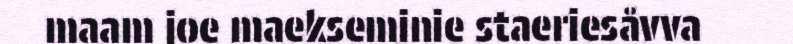
maam joe maekseminie staeriesåvva